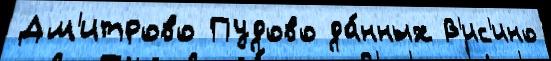
Дм'итрово Пудово да́нных В'ис'ино